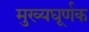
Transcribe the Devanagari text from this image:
मुख्यघूर्णक